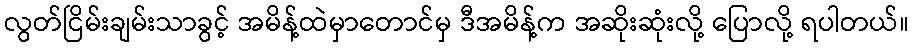
လွတ်ငြိမ်းချမ်းသာခွင့် အမိန့်ထဲမှာတောင်မှ ဒီအမိန့်က အဆိုးဆုံးလို့ ပြောလို့ ရပါတယ်။